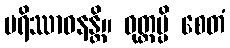
ပရိဿာဝနန္တိ။ ဝုတ္တမ္ပိ စေတံ